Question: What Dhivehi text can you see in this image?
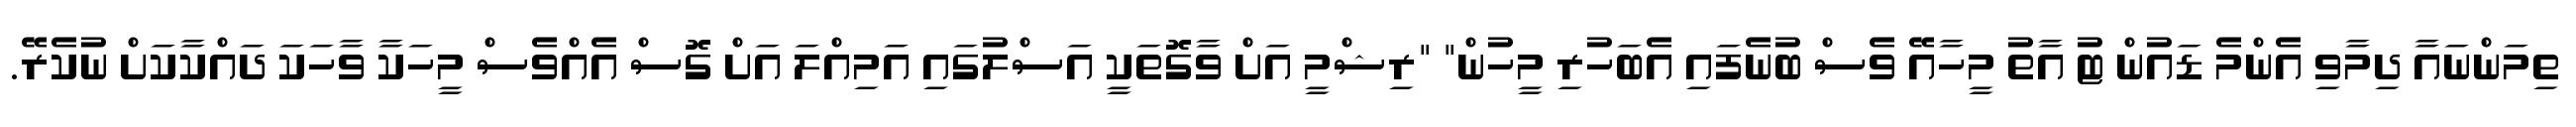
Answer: ތިމަންނައާ ދިމާވި އެންމެ ޑައުން ޓު އާތު މީހާއޭ ވެސް ބުނެފައި އެބަހުރި މީހުން" "ރިޝްމީ އަށް ވާގޮތަކީ އަސްލުގައި އަމިއްލަ އަށް ގޮސް އެއްވެސް މީހަކާ ވާހަކަ ދައްކާކަށް ނުކެރޭ.